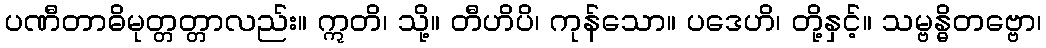
ပဏီတာဓိမုတ္တတ္တာလည်း။ ဣတိ၊ သို့။ တီဟိပိ၊ ကုန်သော။ ပဒေဟိ၊ တို့နှင့်။ သမ္ဗန္ဓိတဗ္ဗော၊